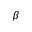
{ \beta }